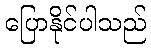
ပြောနိုင်ပါသည်